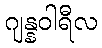
ဂျန္နဝါရီလ